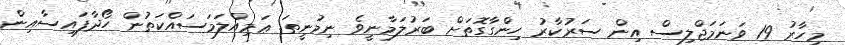
މިހާރު 19 ވަނަމަޖްލިިސް އިން ސަރުކާރު ހިންގާގޮތަށް ބަރުލަމާނީވެ ނިމުނީތަ. ޢަމިއްލަމަސައްކަތުން ހޯދާފައިސާއިން